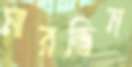
মারভিন